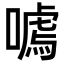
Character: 𭊰